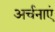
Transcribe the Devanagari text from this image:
अर्चनाएं